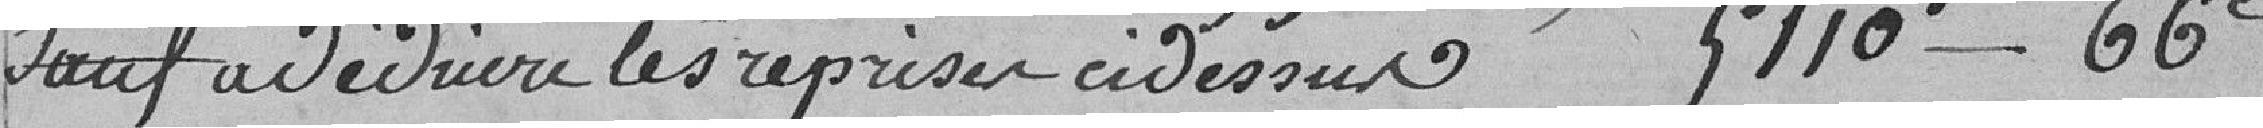
sauf à déduire les reprises ci-dessus 5110 f - 66 c